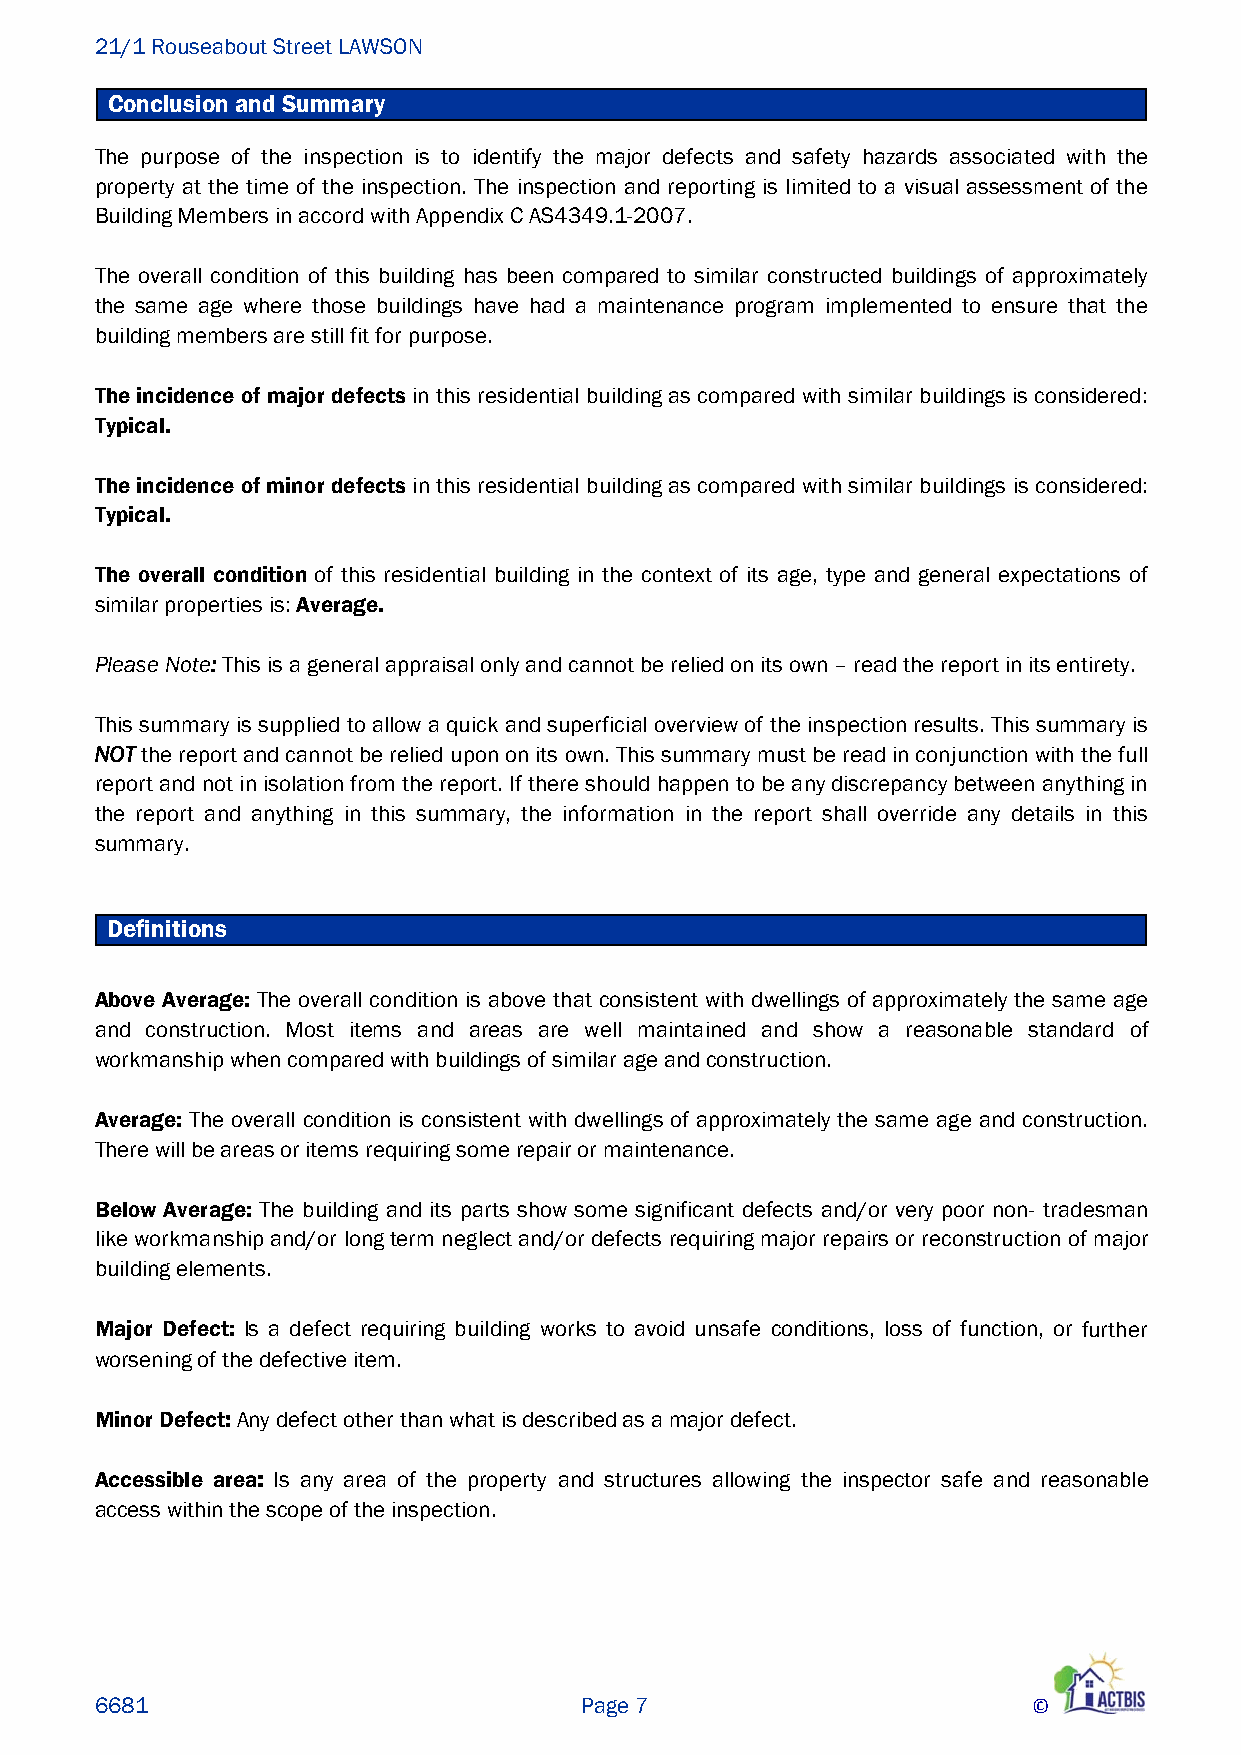
21/1 Rouseabout Street LAWSON
 Conclusion and Summary
 The purpose of the inspection is to identify the major defects and safety hazards associated with the
 property at the time of the inspection. The inspection and reporting is limited to a visual assessment of the
 Building Members in accord with Appendix C AS4349.1-2007.
 The overall condition of this building has been compared to similar constructed buildings of approximately
 the same age where those buildings have had a maintenance program implemented to ensure that the
 building members are still fit for purpose.
 The incidence of major defects in this residential building as compared with similar buildings is considered:
 Typical.
 The incidence of minor defects in this residential building as compared with similar buildings is considered:
 Typical.
 The overall condition of this residential building in the context of its age, type and general expectations of
 similar properties is: Average.
 Please Note: This is a general appraisal only and cannot be relied on its own – read the report in its entirety.
 This summary is supplied to allow a quick and superficial overview of the inspection results. This summary is
 NOT the report and cannot be relied upon on its own. This summary must be read in conjunction with the full
 report and not in isolation from the report. If there should happen to be any discrepancy between anything in
 the report and anything in this summary, the information in the report shall override any details in this
 summary.
 Definitions
 Above Average: The overall condition is above that consistent with dwellings of approximately the same age
 and construction. Most items and areas are well maintained and show a reasonable standard of
 workmanship when compared with buildings of similar age and construction.
 Average: The overall condition is consistent with dwellings of approximately the same age and construction.
 There will be areas or items requiring some repair or maintenance.
 Below Average: The building and its parts show some significant defects and/or very poor non- tradesman
 like workmanship and/or long term neglect and/or defects requiring major repairs or reconstruction of major
 building elements.
 Major Defect: Is a defect requiring building works to avoid unsafe conditions, loss of function, or further
 worsening of the defective item.
 Minor Defect: Any defect other than what is described as a major defect.
 Accessible area: Is any area of the property and structures allowing the inspector safe and reasonable
 access within the scope of the inspection.
 6681                            Page 7                        ©